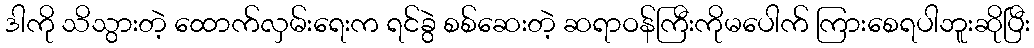
ဒါကို သိသွားတဲ့ ထောက်လှမ်းရေးက ရင်ခွဲ စစ်ဆေးတဲ့ ဆရာဝန်ကြီးကိုမပေါက် ကြားစေရပါဘူးဆိုပြီး